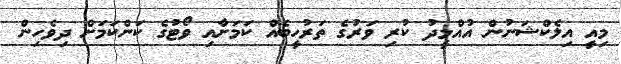
މިއީ އިލެކްޝަނުން އުއްމީދު ކުރި ވަރުގެ ތަރުހީބެއް ކަމަށާއި ވޯޓުގެ ކަންކަމަށް ދިވެހިން